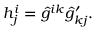
h _ { j } ^ { i } = \hat { g } ^ { i k } \hat { g } _ { k j } ^ { \prime } .